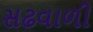
સઢવાળી